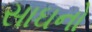
સાઘનો